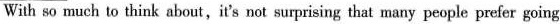
With so nuch to think about,it's not surprising that many people prefer going